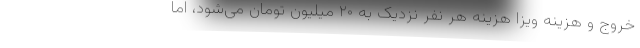
خروج و هزینه ویزا هزینه هر نفر نزدیک به ۲۰ میلیون تومان می‌شود، اما